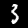
Label: 3